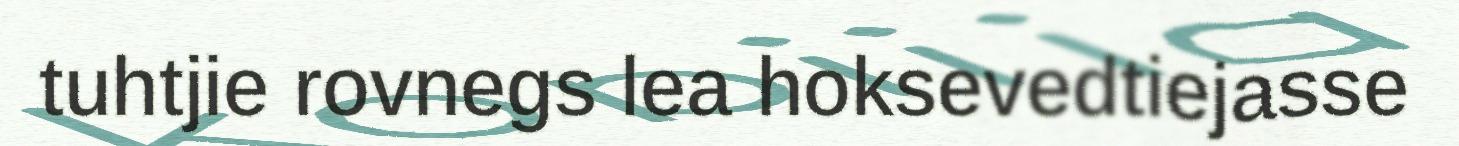
tuhtjie rovnegs lea hoksevedtiejasse